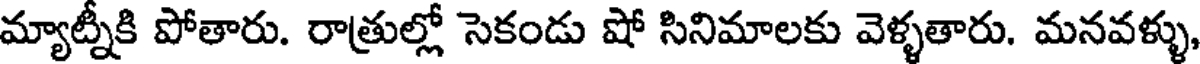
మ్యాట్నీకి పోతారు. రాత్రుల్లో సెకండు షో సినిమాలకు వెళ్ళతారు. మనవళ్ళు,